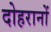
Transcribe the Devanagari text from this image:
दोहरानों